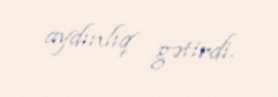
aydınlıq gətirdi.